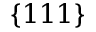
\{ 1 1 1 \}